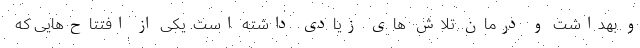
و بهداشت و درمان تلاش های زیادی داشته است. یکی از افتتاح‌هایی که